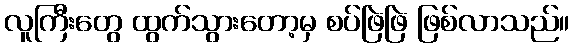
လူကြီးတွေ ထွက်သွားတော့မှ စပ်ဖြဲဖြဲ ဖြစ်လာသည်။